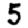
Digit: 5